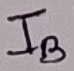
Text: IB